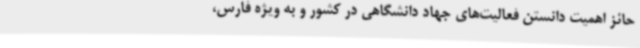
حائز اهمیت دانستن فعالیت‌های جهاد دانشگاهی در کشور و به ویژه فارس،